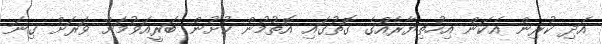
އަދި ކުރިން އެކަން އިހުތިޔާރެއްގެ ގޮތުގައި އޮތުމުން ކުށުން ބަރީއަވުމަށް ވަރަށް ގިނަ